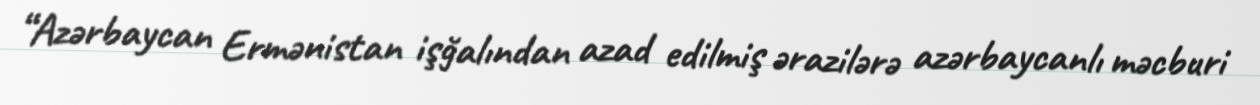
“Azərbaycan Ermənistan işğalından azad edilmiş ərazilərə azərbaycanlı məcburi